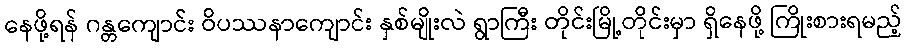
နေဖို့ရန် ဂန္တကျောင်း ဝိပဿနာကျောင်း နှစ်မျိုးလဲ ရွာကြီး တိုင်းမြို့တိုင်းမှာ ရှိနေဖို့ ကြိုးစားရမည့်